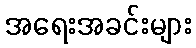
အရေးအခင်းများ